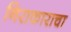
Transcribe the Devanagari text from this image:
निराकाराचा